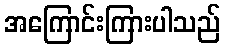
အကြောင်းကြားပါသည်